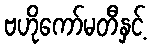
ဗဟိုကော်မတီနှင့်